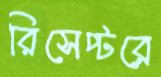
রিসেপ্টরে